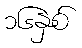
၁၆နှစ်